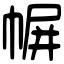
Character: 幈